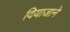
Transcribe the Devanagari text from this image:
दियाजाने